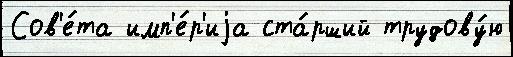
Сов'е́та имп'е́р'иjа ста́рший трудову́ю